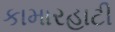
કામારહાટી